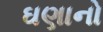
ઘણાનો